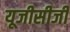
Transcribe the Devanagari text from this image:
यूजीसीजी